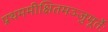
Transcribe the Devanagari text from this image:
प्रथममीक्षितमञ्जुमूर्तेः